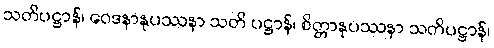
သတိပဋ္ဌာန်၊ ဝေဒနာနုပဿနာ သတိ ပဋ္ဌာန်၊ စိတ္တာနုပဿနာ သတိပဋ္ဌာန်၊